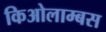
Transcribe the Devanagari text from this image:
किओलाम्बस